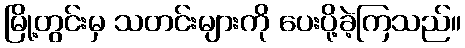
မြို့တွင်းမှ သတင်းများကို ပေးပို့ခဲ့ကြသည်။